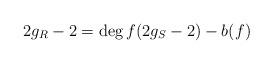
LaTeX: \begin{align*} 2g_R-2=\deg f(2g_S-2)-b(f) \end{align*}